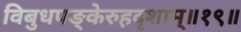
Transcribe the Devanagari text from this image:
विबुधपङ्केरुहदृशाम्॥१९॥